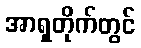
အာရှတိုက်တွင်